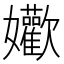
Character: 𱙴